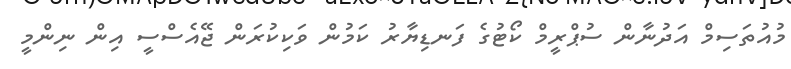
މުއުތަސިމް އަދުނާން ސުޕްރީމް ކޯޓުގެ ފަނޑިޔާރު ކަމުން ވަކިކުރަން ޖޭއެސްސީ އިން ނިންމީ